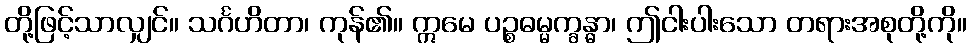
တို့ဖြင့်သာလျှင်။ သင်္ဂဟိတာ၊ ကုန်၏။ ဣမေ ပဉ္စဓမ္မက္ခန္ဓာ၊ ဤငါးပါးသော တရားအစုတို့ကို။